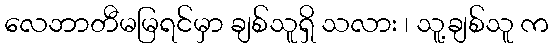
လေဘာတီမမြရင်မှာ ချစ်သူရှိ သလား ၊ သူ့ချစ်သူ က